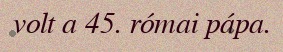
volt a 45. római pápa.